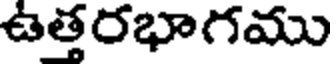
ఉత్తరభాగము